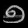
Digit: ၅